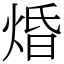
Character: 焝